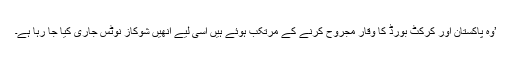
’وہ پاکستان اور کرکٹ بورڈ کا وقار مجروح کرنے کے مرتکب ہوئے ہیں اسی لیے انھیں شوکاز نوٹس جاری کیا جا رہا ہے۔